system: You are a helpful assistant.
user:
Analyze the provided spectrum to determine if it is a **M-type Giant (gM)**.

A M-type Giant spectrum is defined by its **strong molecular absorption** features, particularly from **Titanium Oxide (TiO)**. You must check for one of the following mutually exclusive signatures:

- **Key Visual Indicators (Absorption-Dominated Spectrum):**

    - **(Primary):** The spectrum is dominated by strong molecular absorption from **Titanium Oxide (TiO)**. This is the **defining feature** of its M-type temperature class.
        - **(Key Bandheads):** Look for sharp, "saw-tooth" absorption valleys. The strongest are located near **~7050 Å**, **~6160 Å**, and **~5170 Å**.
        - **(Line Profile):** The "saw-tooth" morphology is critical: a **sharp, steep drop on the BLUE (short-wavelength) side** of the bandhead, followed by a gradual recovery (rising flux) towards the RED (long-wavelength) side.

    - **(Key Confirmation - Giant vs. Dwarf):** **ABSENCE** of strong **Calcium Hydride (CaH)** molecular bands. This is the primary diagnostic for *excluding* M-dwarfs.
        - **(Key Region):** The spectrum should lack the strong, broad absorption band seen in dwarfs between **~6800 Å and ~7000 Å**.

    - **(Secondary Confirmation - Giant):** A very strong and broad **Neutral Calcium (Ca I)** atomic absorption line.
        - **(Key Line):** Located at **~4226 Å**. In a giant (gM), this line is significantly deeper and broader than the same line in an M-dwarf (dM) due to low surface gravity.

    - **(Overall Spectrum):**
        - The continuum is **extremely red-sloping** (i.e., flux is very low in the blue and rises dramatically towards the red).
        - The entire spectrum appears "chopped up" by the deep TiO bands.

Think first, call **spectral_visualization_tool** if needed to examine features in detail, then provide your final answer. Your response must adhere to the following strict rules:
1.  **Overall Structure:** Your response must follow the format `<think>...</think> <tool_call>...</tool_call> (if a tool is used) <answer>...</answer>`.
2.  **Tool Usage Constraint:** You may only make **one** tool call per turn.
3.  **Final Answer Format:** In the `<answer>` tag, your conclusion must be inside a `\boxed{}` command (e.g., `\boxed{YES}` or `\boxed{NO}`), followed by your justification.

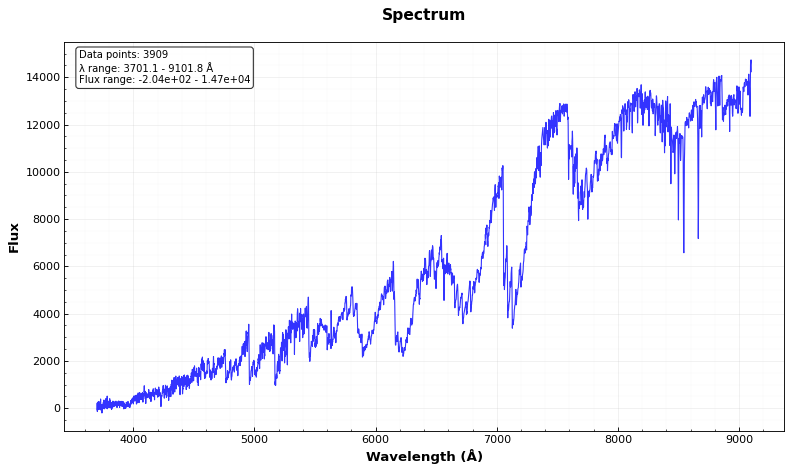
Answer: YES